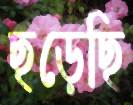
ছড়েছি